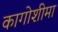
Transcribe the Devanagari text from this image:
कागोशीमा